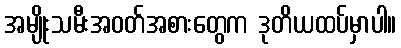
အမျိုးသမီးအဝတ်အစားတွေက ဒုတိယထပ်မှာပါ။